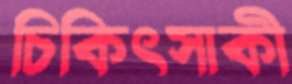
চিকিৎসাকী